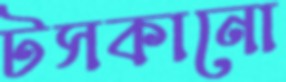
টসকানো